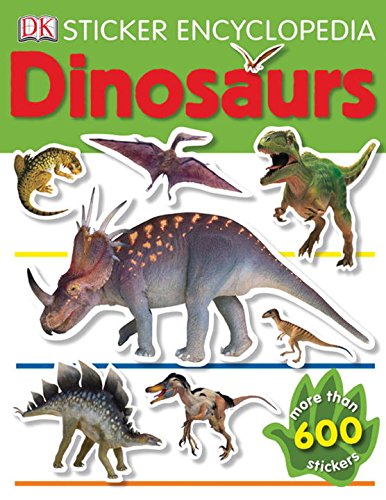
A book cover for Sticker Encyclopedia: Dinosaurs; DK Publishing; Reference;